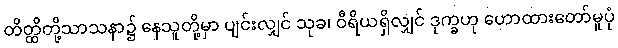
တိတ္ထိတို့သာသနာ၌ နေသူတို့မှာ ပျင်းလျှင် သုခ၊ ဝီရိယရှိလျှင် ဒုက္ခဟု ဟောထားတော်မူပုံ